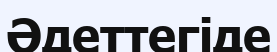
Әдеттегіде